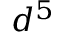
d ^ { 5 }